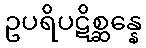
ဥပရိပဋိစ္ဆန္နေ